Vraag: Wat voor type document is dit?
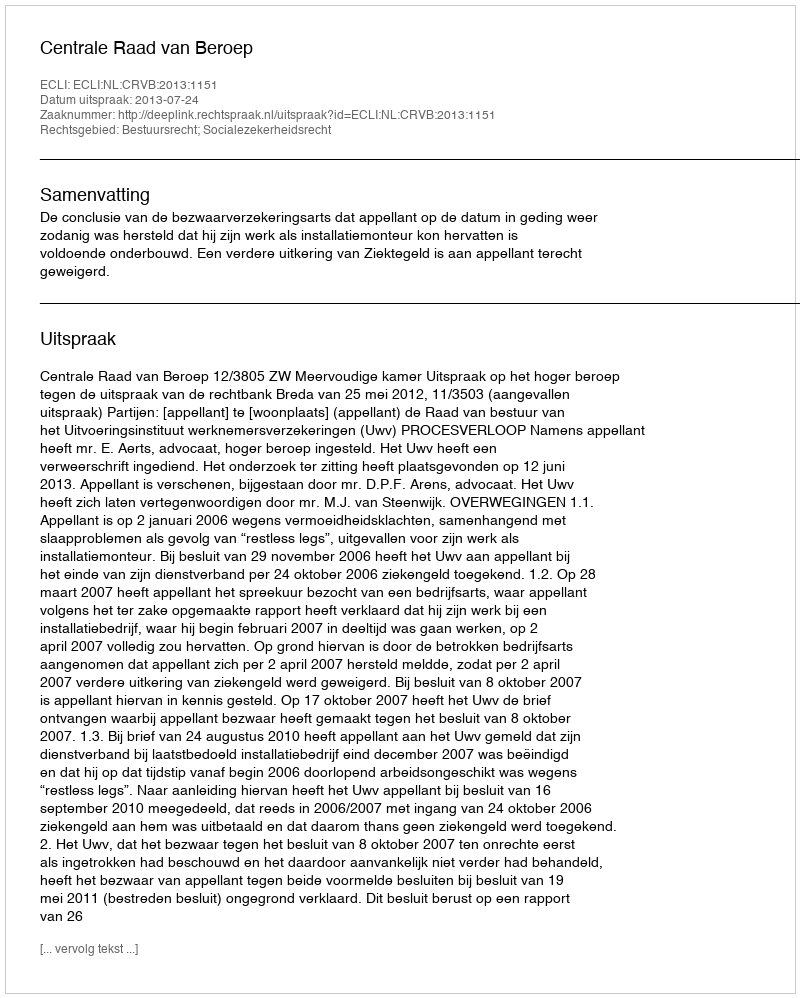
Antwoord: Uitspraak